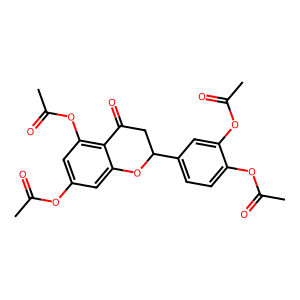
SMILES: CC(=O)Oc1cc(OC(C)=O)c2c(c1)OC(c1ccc(OC(C)=O)c(OC(C)=O)c1)CC2=O
Inhibits HIV replication: No